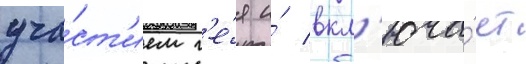
уча́ст'ием г'е́я и́ вкл'юча́ет